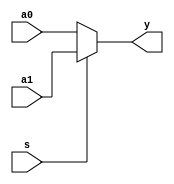
`timescale 1ns / 1ps
//////////////////////////////////////////////////////////////////////////////////
// Company: 
// Engineer: 
// 
// Design Name: 
// Module Name: mux2x32
// Project Name: 
// Target Devices: 
// Tool Versions: 
// Description: 3221
// 
// Dependencies: 
// 
// Revision:
// Revision 0.01 - File Created
// Additional Comments:
// 
//////////////////////////////////////////////////////////////////////////////////


module mux2x32(a0,a1,s,y);
    input [31:0] a0;
    input [31:0] a1;
    input s;
    output [31:0] y;

    assign y = s ? a1 : a0;
endmodule